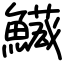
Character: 𩼘